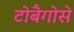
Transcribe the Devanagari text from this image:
टोबैगोसे